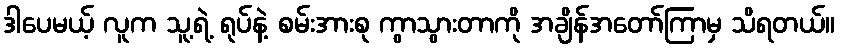
ဒါပေမယ့် လူက သူ့ရဲ့ ရုပ်နဲ့ စမ်းအားစု ကွာသွားတာကို အချိန်အတော်ကြာမှ သိရတယ်။